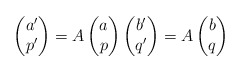
\begin{align*}\begin{pmatrix}a'\\p'\end{pmatrix}=A\begin{pmatrix}a\\p\end{pmatrix} \begin{pmatrix}b'\\q'\end{pmatrix}=A\begin{pmatrix}b\\q\end{pmatrix}\end{align*}